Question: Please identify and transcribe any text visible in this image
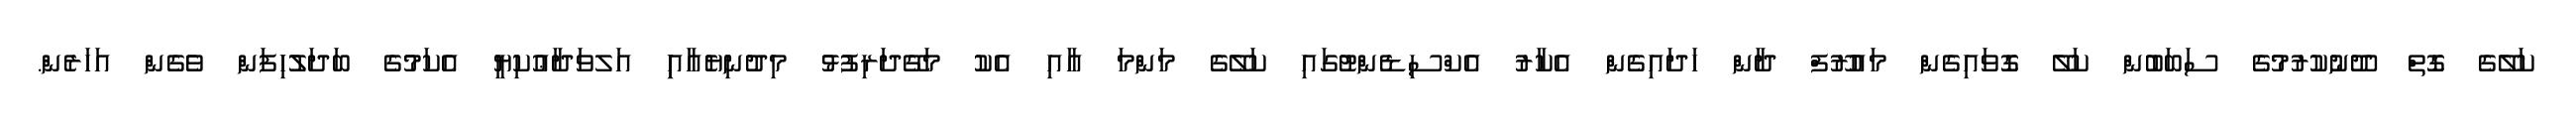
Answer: ކަލޭގެ ގޮތް ދޫނުކުރުމުގެ ސަބަބުން ކަލޭ ގޮވައިގެން މައުރޫފް ދާން ހަދައިގެން އެކާރު އެކްސިޑެންޓުގައި ކަލޭގެ މަންމަ އާއި އެކު މަގޭދަރިފުޅު މިދުނިޔެއާއިި އަލވަދާޢުކިޔީ އެކަމުގެ ބަދަލުހިފަން ވެގެން އަހަރެން.